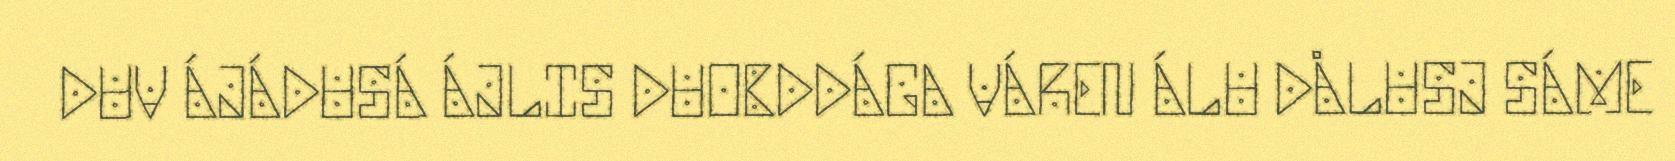
DUV ÁJÁDUSÁ ÁJLIS DUOBDDÁGA VÁREN ÁLU DÅLUSJ SÁME